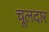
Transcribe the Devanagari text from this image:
चूलदार